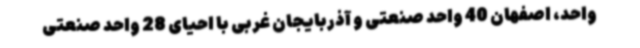
واحد، اصفهان 40 واحد صنعتی و آذربایجان غربی با احیای 28 واحد صنعتی